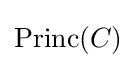
\mathrm {Princ} (C)